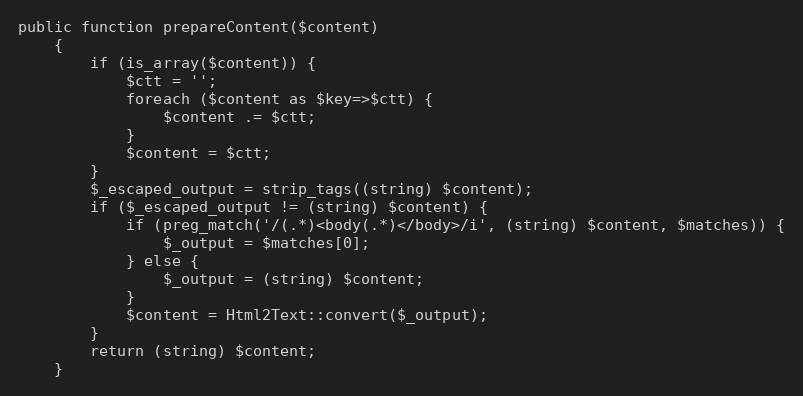
Language: PHP
public function prepareContent($content)
    {
        if (is_array($content)) {
            $ctt = '';
            foreach ($content as $key=>$ctt) {
                $content .= $ctt;
            }
            $content = $ctt;
        }
        $_escaped_output = strip_tags((string) $content);
        if ($_escaped_output != (string) $content) {
            if (preg_match('/(.*)<body(.*)</body>/i', (string) $content, $matches)) {
                $_output = $matches[0];
            } else {
                $_output = (string) $content;
            }
            $content = Html2Text::convert($_output);
        }
        return (string) $content;
    }